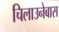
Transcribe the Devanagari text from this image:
चिलाउनेबास